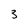
Character: 3